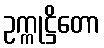
ဥက္ကုဋ္ဌိတော